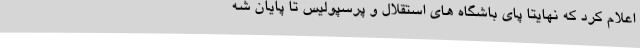
اعلام کرد که نهایتا پای باشگاه های استقلال و پرسپولیس تا پایان شه